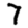
Digit: 7